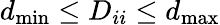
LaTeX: d_{\operatorname*{min}}\leq D_{ii}\leq d_{\operatorname*{max}}